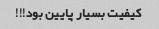
کیفیت بسیار پایین بود!!!